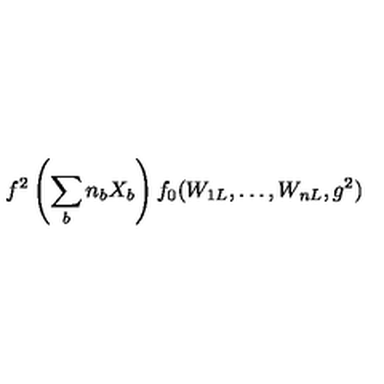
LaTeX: f ^ { 2 } \left( \sum _ { b } n _ { b } X _ { b } \right) f _ { 0 } ( W _ { 1 L } , \ldots , W _ { n L } , g ^ { 2 } )